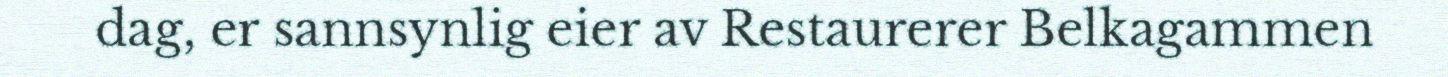
dag, er sannsynlig eier av Restaurerer Belkagammen